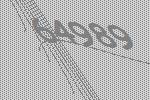
64989